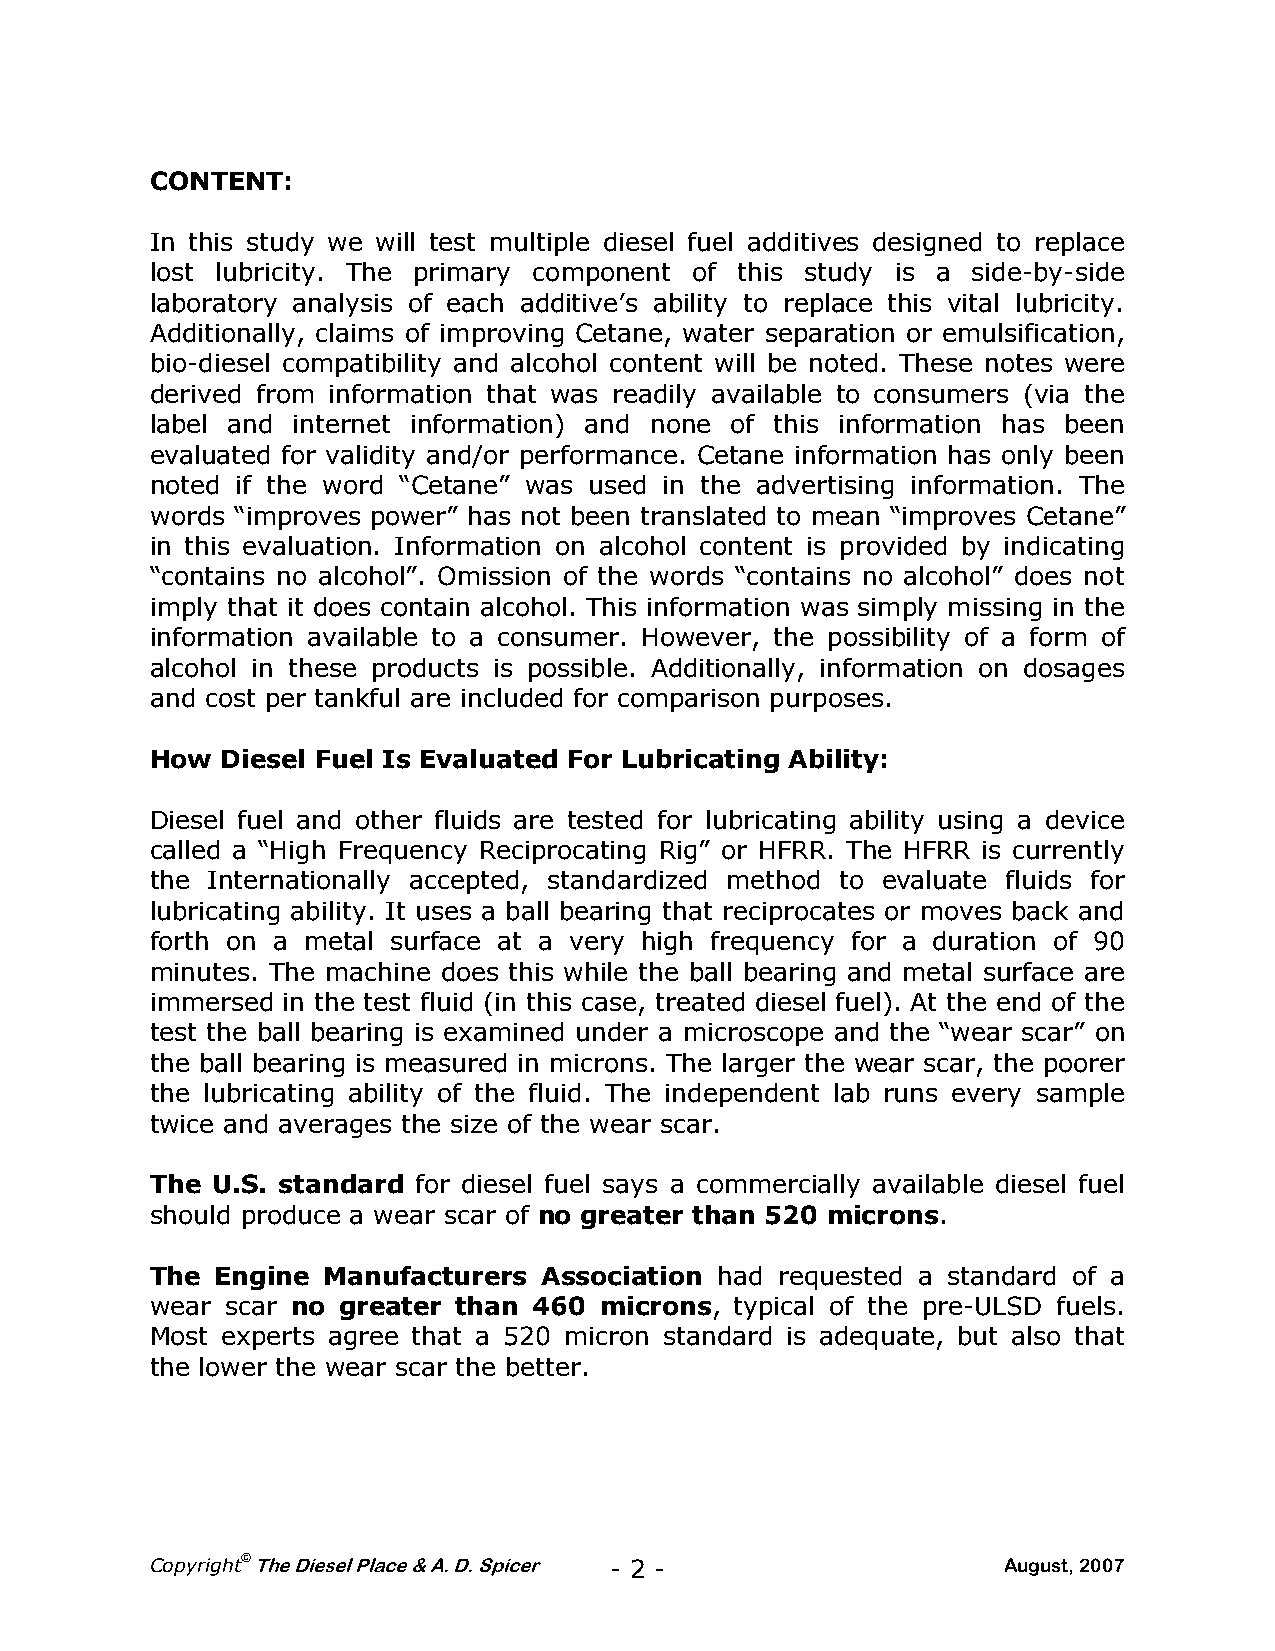
CONTENT:
 In this study we will test multiple diesel fuel additives designed to replace
 lost lubricity. The primary component of this study is a side-by-side
 laboratory analysis of each additive’s ability to replace this vital lubricity.
 Additionally, claims of improving Cetane, water separation or emulsification,
 bio-diesel compatibility and alcohol content will be noted. These notes were
 derived from information that was readily available to consumers (via the
 label and internet information) and none of this information has been
 evaluated for validity and/or performance. Cetane information has only been
 noted if the word “Cetane” was used in the advertising information. The
 words “improves power” has not been translated to mean “improves Cetane”
 in this evaluation. Information on alcohol content is provided by indicating
 “contains no alcohol”. Omission of the words “contains no alcohol” does not
 imply that it does contain alcohol. This information was simply missing in the
 information available to a consumer. However, the possibility of a form of
 alcohol in these products is possible. Additionally, information on dosages
 and cost per tankful are included for comparison purposes.
 How  Diesel Fuel Is Evaluated For Lubricating Ability:
 Diesel fuel and other fluids are tested for lubricating ability using a device
 called a “High Frequency Reciprocating Rig” or HFRR. The HFRR is currently
 the Internationally accepted, standardized method to evaluate fluids for
 lubricating ability. It uses a ball bearing that reciprocates or moves back and
 forth on a metal surface at a very high frequency for a duration of 90
 minutes. The machine does this while the ball bearing and metal surface are
 immersed in the test fluid (in this case, treated diesel fuel). At the end of the
 test the ball bearing is examined under a microscope and the “wear scar” on
 the ball bearing is measured in microns. The larger the wear scar, the poorer
 the lubricating ability of the fluid. The independent lab runs every sample
 twice and averages the size of the wear scar.
 The U.S. standard for diesel fuel says a commercially available diesel fuel
 should produce a wear scar of no greater than 520 microns.
 The Engine Manufacturers  Association had requested a standard of a
 wear scar no greater than 460 microns, typical of the pre-ULSD fuels.
 Most experts agree that a 520 micron standard is adequate, but also that
 the lower the wear scar the better.
 ©
 Copyright The Diesel Place & A. D. Spicer - 2 -         August, 2007